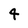
Character: 4